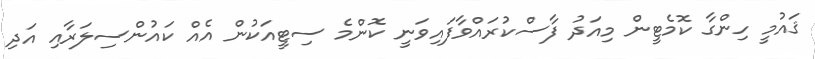
ޤައުމީ ހިންގާ ކޮމެޓީން މިއަދު ފާސްކުރައްވާފައިވަނީ ކޮންމެ ސިޓީއަކުން އެއް ކައުންސިލަރާއި އަދި